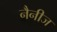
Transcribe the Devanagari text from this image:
नैनीज